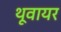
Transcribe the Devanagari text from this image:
थूवायर